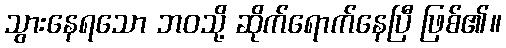
သွားနေရသော ဘဝသို့ ဆိုက်ရောက်နေပြီ ဖြစ်၏။